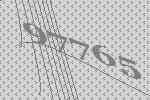
97765